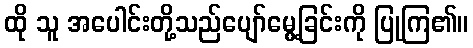
ထို သူ အပေါင်းတို့သည်ပျော်မွေ့ခြင်းကို ပြုကြ၏။